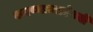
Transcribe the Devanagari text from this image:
करण्याच्याऐवजी